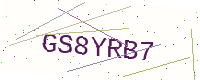
Text: GS8YRB7